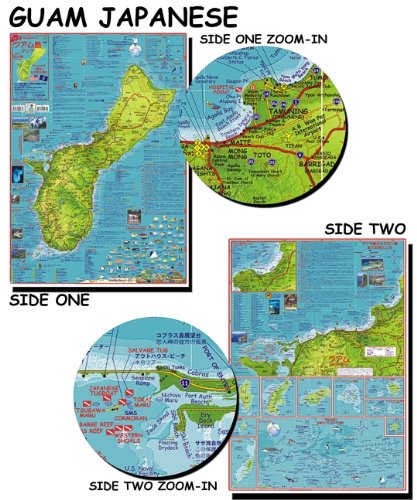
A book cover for Guam Guide & Dive Map Franko Maps Waterproof Map (Japanese Edition); Franko Maps Ltd.; Travel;